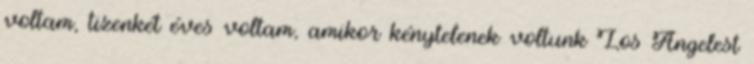
voltam, tizenkét éves voltam, amikor kénytelenek voltunk Los Angelest